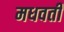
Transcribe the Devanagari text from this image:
मधवर्ती